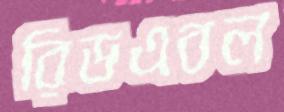
রিডএবল